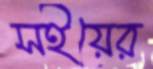
সইয়ের